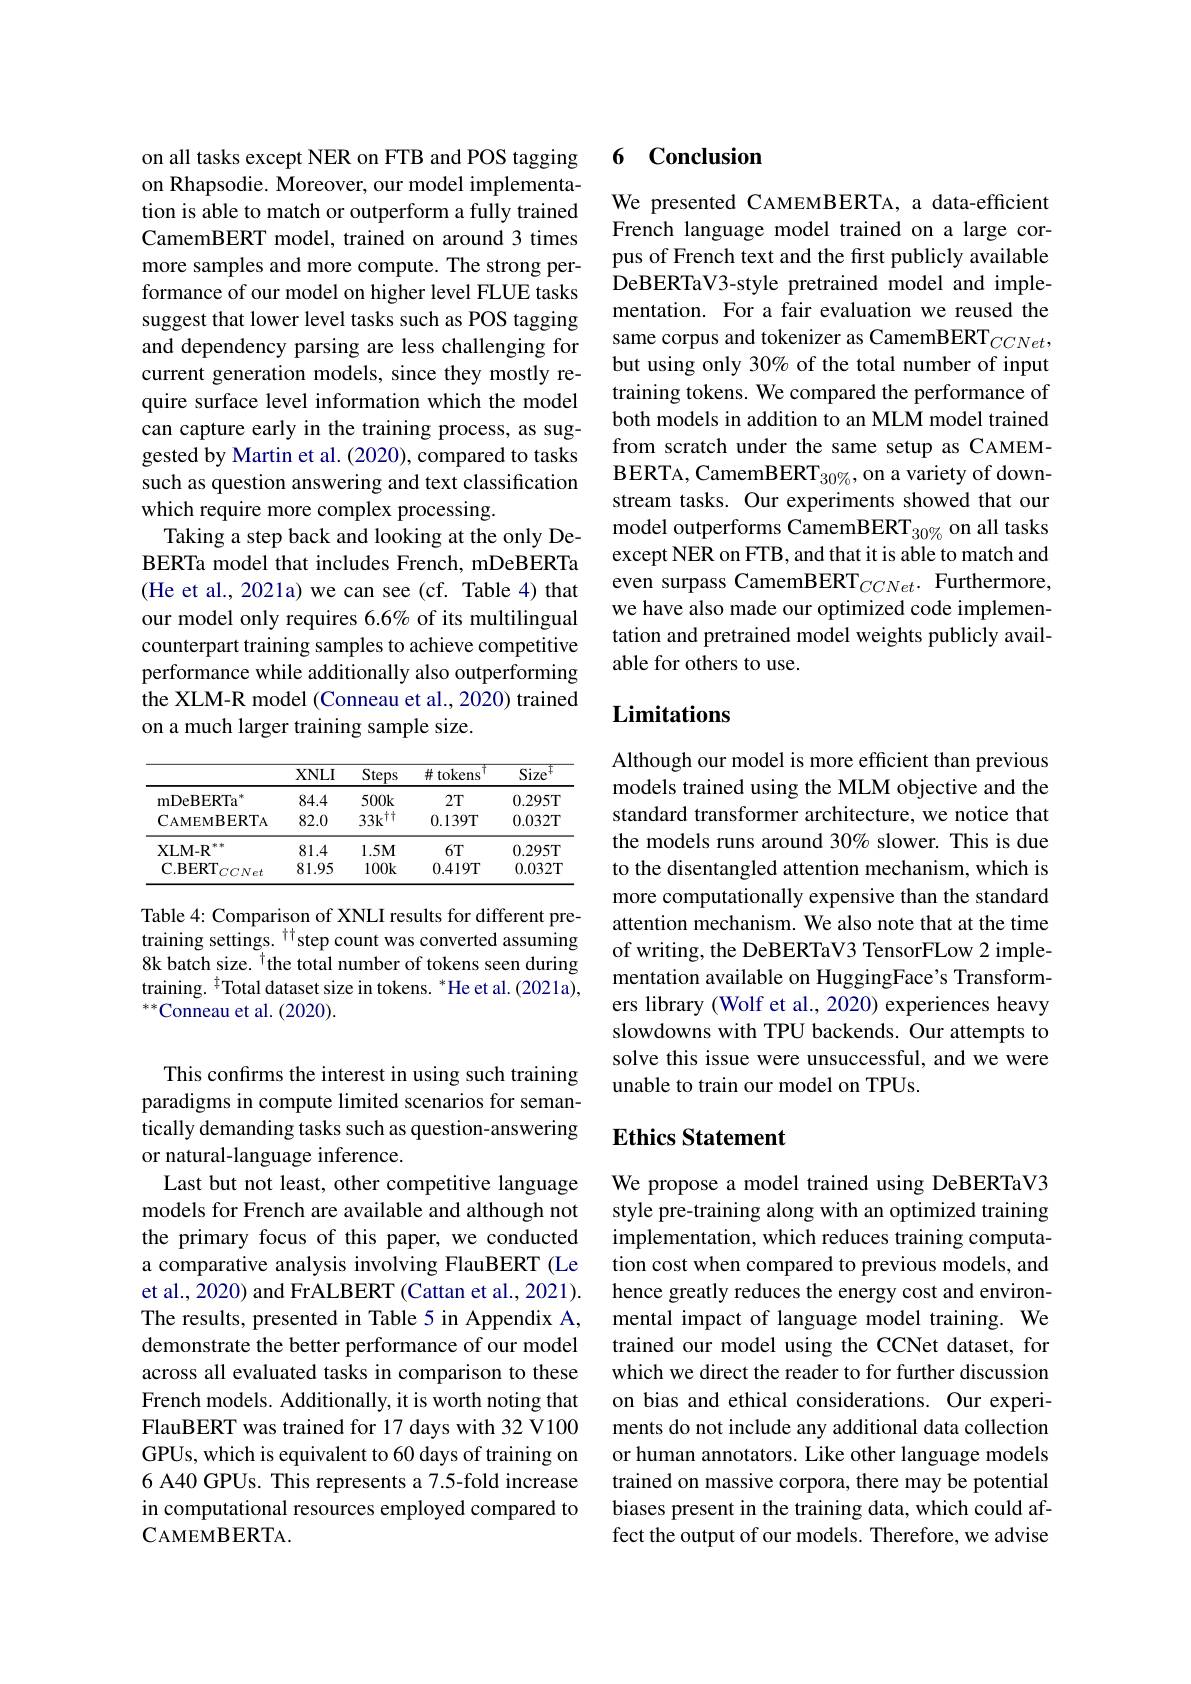
on all tasks except NER on FTB and POS tagging on Rhapsodie. Moreover, our model implementation is able to match or outperform a fully trained CamemBERT model, trained on around 3 times more samples and more compute. The strong performance of our model on higher level FLUE tasks suggest that lower level tasks such as POS tagging and dependency parsing are less challenging for current generation models, since they mostly require surface level information which the model can capture early in the training process, as suggested by Martin et al. (2020), compared to tasks such as question answering and text classification which require more complex processing.
Taking a step back and looking at the only DeBERTa model that includes French, mDeBERTa (He et al., 2021a) we can see (cf. Table 4) that our model only requires 6.6% of its multilingual counterpart training samples to achieve competitive performance while additionally also outperforming the XLM-R model (Conneau et al., 2020) trained on a much larger training sample size.

<table>
	<tbody>
		<tr>
			<th> </th>
			<th>$XNLI$</th>
			<th>$\underline{Steps}$</th>
			<th>+ # tokens</th>
			<th>$.\mp$ Size</th>
		</tr>
		<tr>
			<td>mDeBERTa $1^{\text{ X}}$</td>
			<td>84.4</td>
			<td>$500k$</td>
			<td>2T</td>
			<td>0.295T</td>
		</tr>
		<tr>
			<td>CAMEMBERTA</td>
			<td>82.0</td>
			<td>$33k^{\dagger\dagger}$</td>
			<td>0.139T</td>
			<td>0.032T</td>
		</tr>
		<tr>
			<td>XLM- R 来来</td>
			<td>81.4</td>
			<td>$1.5M$</td>
			<td>$6T$</td>
			<td>0.295T</td>
		</tr>
		<tr>
			<td>$\mathbf{C.BERT}_{CCNet}$</td>
			<td>81.95</td>
			<td>$100k$</td>
			<td>0.419T</td>
			<td>0.032T</td>
		</tr>
	</tbody>
</table>

Table 4: Comparison of XNLI results for different pretraining settings. $^{\dagger\dagger}$step count was converted assuming 8k batch size. $^{\mathrm{T}}$the total number of tokens seen during training. $^{\ddagger}$Total dataset size in tokens. *He et al. (2021a), $^{**}$Conneau et al.(2020).

This confırms the interest in using such training paradigms in compute limited scenarios for semantically demanding tasks such as question-answering or natural-language inference.
Last but not least, other competitive language models for French are available and although not the primary focus of this paper, we conducted a comparative analysis involving FlauBERT (Le et al., 2020) and FrALBERT (Cattan et al., 2021). The results, presented in Table 5 in Appendix A, demonstrate the better performance of our model across all evaluated tasks in comparison to these French models. Additionally, it is worth noting that FlauBERT was trained for 17 days with 32 V100 GPUs, which is equivalent to 60 days of training on 6 A40 GPUs. This represents a 7.5-fold increase in computational resources employed compared to CAMEMBERTA.

### 6 Conclusion

We presented CAMEMBERTA, a data-efficient French language model trained on a large corpus of French text and the first publicly available DeBERTaV3-style pretrained model and implementation. For a fair evaluation we reused the same corpus and tokenizer as CamemBERT$_{CCNet}$, but using only 30% of the total number of input training tokens. We compared the performance of both models in addition to an MLM model trained from scratch under the same setup as CAMEMBERTA, CamemBERT$_{30\%}$, on a variety of downstream tasks. Our experiments showed that our model outperforms CamemBERT$_{30\%}$ on all tasks except NER on FTB, and that it is able to match and even surpass CamemBERT$_{CCNet}.$ Furthermore, we have also made our optimized code implementation and pretrained model weights publicly available for others to use.

# Limitations

Although our model is more efficient than previous models trained using the MLM objective and the standard transformer architecture, we notice that the models runs around 30% slower. This is due to the disentangled attention mechanism, which is more computationally expensive than the standard attention mechanism. We also note that at the time of writing, the DeBERTaV3 TensorFLow 2 implementation available on HuggingFace's Transformers library (Wolf et al., 2020) experiences heavy slowdowns with TPU backends. Our attempts to solve this issue were unsuccessful, and we were unable to train our model on TPUs.

## Ethics Statement

We propose a model trained using DeBERTaV3 style pre-training along with an optimized training implementation, which reduces training computation cost when compared to previous models, and hence greatly reduces the energy cost and environmental impact of language model training. We trained our model using the CCNet dataset, for which we direct the reader to for further discussion on bias and ethical considerations. Our experiments do not include any additional data collection or human annotators. Like other language models trained on massive corpora, there may be potential biases present in the training data, which could affect the output of our models. Therefore, we advise